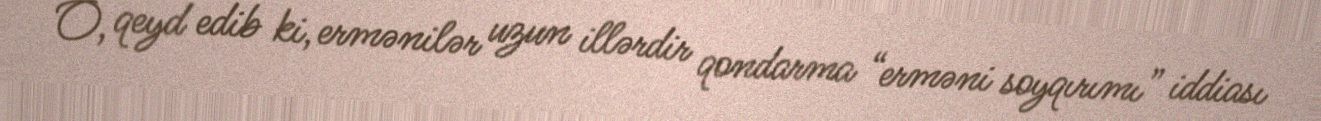
O, qeyd edib ki, ermənilər uzun illərdir qondarma “erməni soyqırımı” iddiası